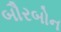
બૌરબોન